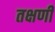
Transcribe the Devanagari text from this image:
तक्षणी